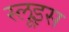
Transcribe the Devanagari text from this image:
स्लूइस